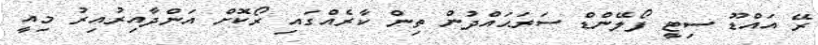
ރޭ އައްޑޫ ސިޓީ ފޯލޭންޑް ސަރަޙައްދުން ތިން ކާރެއްގައި ރޯކޮށް އަންދާއިރުއިރު މިއީ